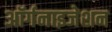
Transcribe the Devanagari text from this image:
अॉर्गनाइजेशन